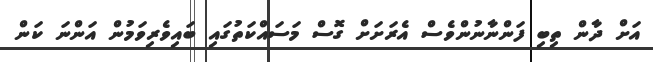
އަށް ދާން ތިބި ފަންނާނުންވެސް އެރަށަށް ގޮސް މަސައްކަތުގައި ބައިވެރިވަމުން އަންނަ ކަން